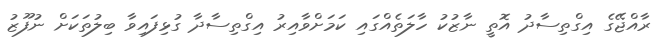
ރާއްޖޭގެ އިގްތިސާދު އޮތީ ނާޒުކު ހާލަތެއްގައި ކަމަށްވާއިރު އިގްތިސާދާ ގުޅިފައިވާ ބިލުތަކަށް ނުފޫޒު